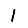
Digit: 1